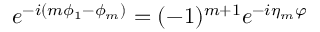
e ^ { - i ( m \phi _ { 1 } - \phi _ { m } ) } = ( - 1 ) ^ { m + 1 } e ^ { - i \eta _ { m } \varphi }